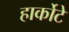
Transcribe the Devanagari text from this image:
हार्कोटे